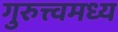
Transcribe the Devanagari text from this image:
गुरुत्त्वमध्य